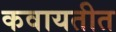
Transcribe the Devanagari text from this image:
कवायतीत